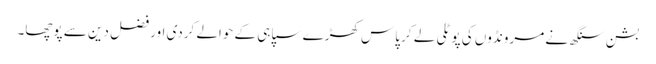
بشن سنگھ نے مرونڈوں کی پوٹلی لے کر پاس کھڑے سپاہی کے حوالے کردی اور فضل دین سے پوچھا۔